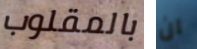
بالمقلوب ان